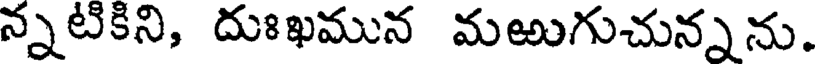
న్నటికిని, దుఃఖమున మఱుగుచున్నను.